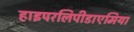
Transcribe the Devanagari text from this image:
हाइपरलिपीडाएमिया